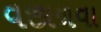
વછાળવા